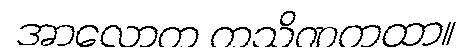
အာလောက ကသိဏကထာ။